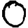
Digit: 0